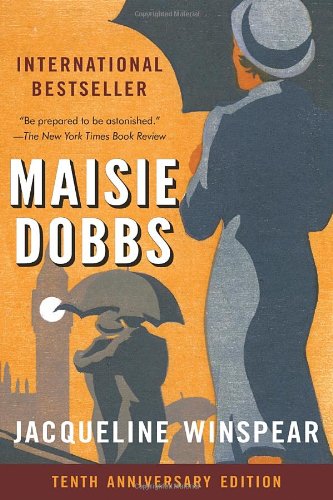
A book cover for Maisie Dobbs; Jacqueline Winspear; Mystery, Thriller & Suspense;